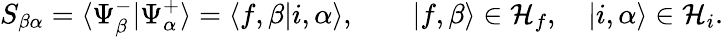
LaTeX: S_{\beta\alpha}=\langle\Psi_{\beta}^{-}|\Psi_{\alpha}^{+}\rangle=\langle f,\beta|i,\alpha\rangle,\qquad|f,\beta\rangle\in{\mathcal{H}}_{f},\quad|i,\alpha\rangle\in{\mathcal{H}}_{i}.